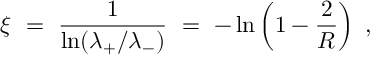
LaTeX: \xi \ = \ \frac { 1 } { \ln ( \lambda _ { + } / \lambda _ { - } ) } \ = \ - \ln \left( 1 - \frac { 2 } { R } \right) \ ,